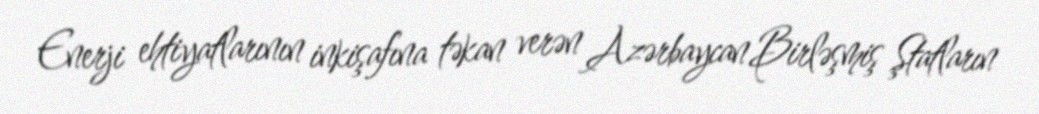
Enerji ehtiyatlarının inkişafına təkan verən Azərbaycan Birləşmiş Ştatların